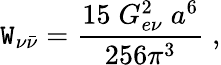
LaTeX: {\cal\mathtt{W}}_{\nu{\bar{{\nu}}}}=\frac{{15\; G_{e\nu}^{2}\; a^{6}}}{{256\pi^{3}}}\; ,